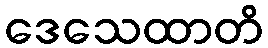
ဒေသေထာတိ